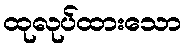
ထုလုပ်ထားသော